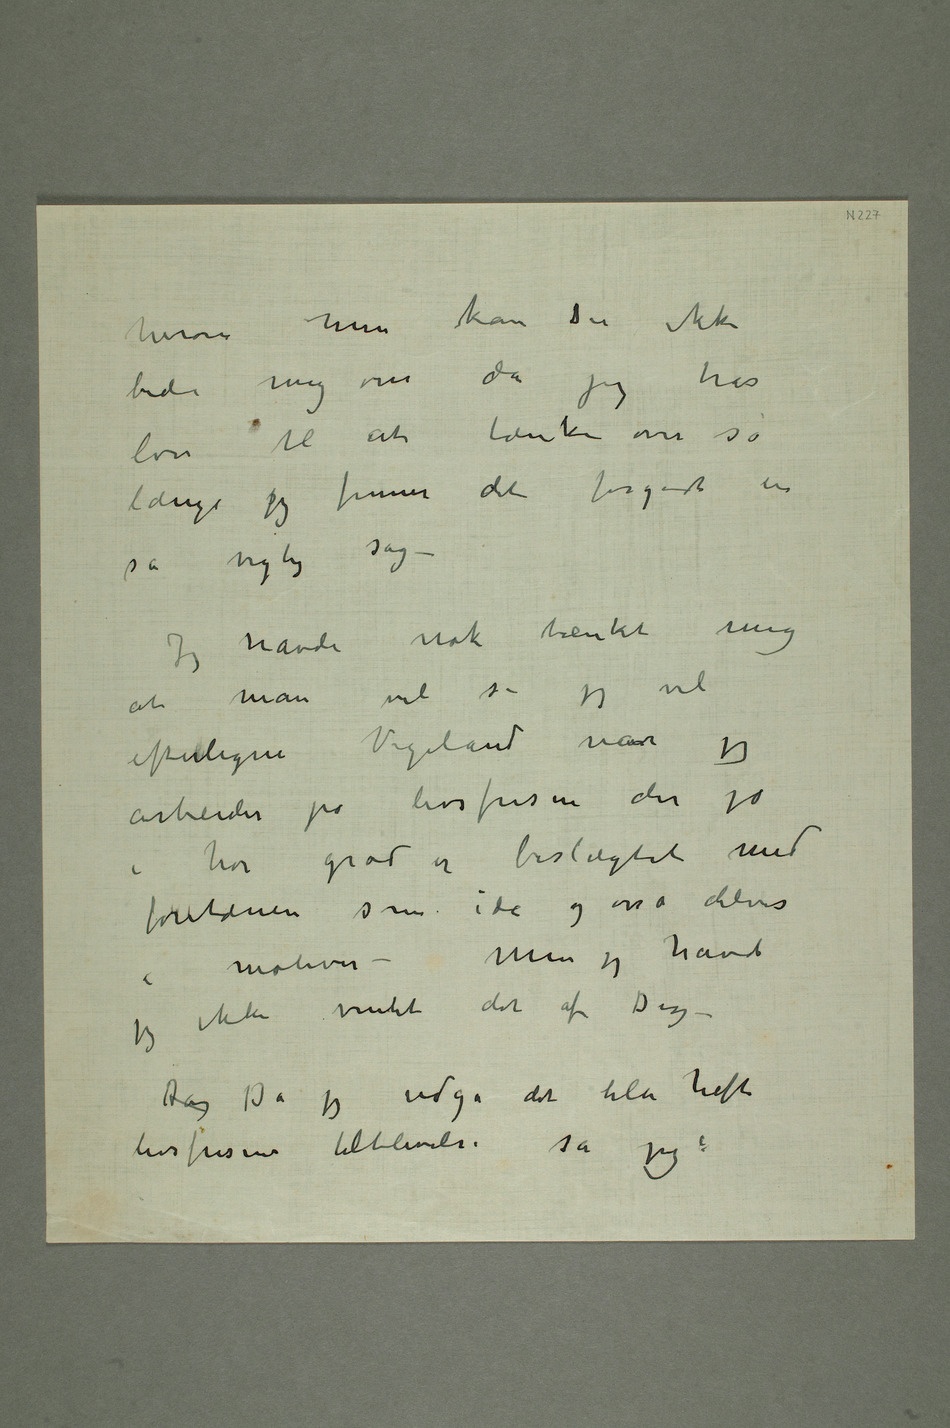
herom men kan du ikke
bede mig om da jeg har
lov til at tænke over så
længe jeg finner det forgodt en
så vigtig sag –
Jeg havde nok tænkt mig
at man vil si jeg vil
efterligne Vigeland når jeg
arbeider på livsfrisen der jo
i høi grad er beslægtet med
fontænen som ide og osså delvis i
motiver –Men jeg havde
Dag Da jeg udga det lille hefte
Livsfrisens tilblivelse sa jeg: